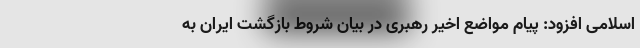
اسلامی افزود: پیام مواضع اخیر رهبری در بیان شروط بازگشت ایران به